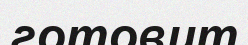
готовит